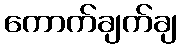
ကောက်ချက်ချ